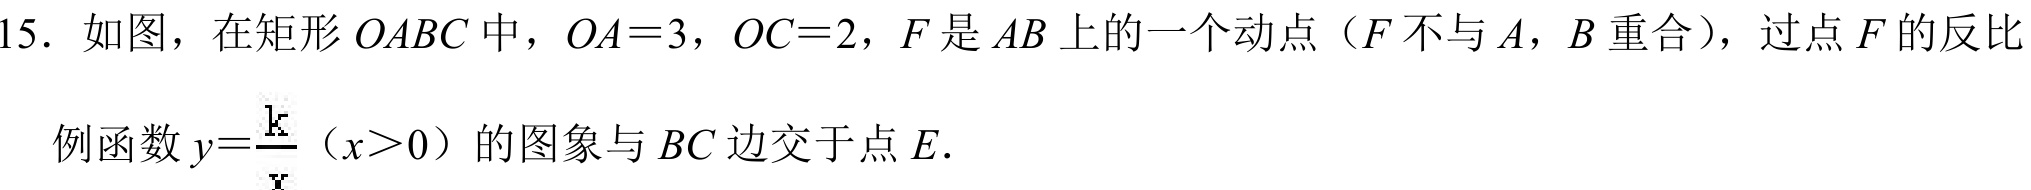
15. 如图，在矩形\(OABC\)中，\(OA = 3\)，\(OC = 2\)，\(F\)是\(AB\)上的一个动点（\(F\)不与\(A\)，\(B\)重合），过点\(F\)的反比例函数\(y = \frac{k}{x}\)（\(x>0\)）的图象与\(BC\)边交于点\(E\).